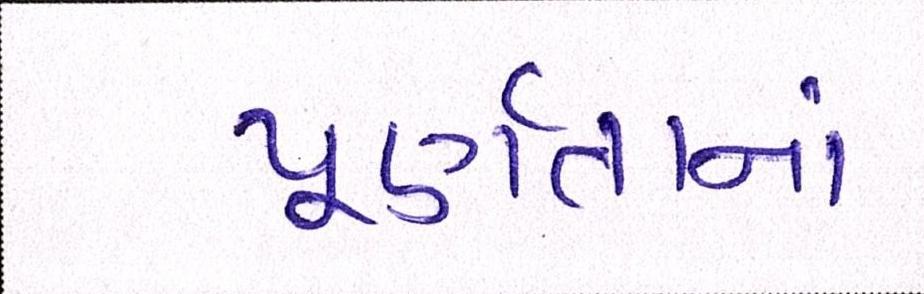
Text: પૂર્ણતાનાં